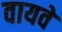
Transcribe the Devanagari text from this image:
वायवे